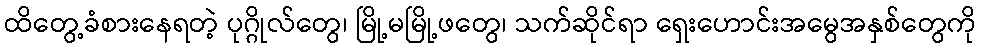
ထိတွေ့ခံစားနေရတဲ့ ပုဂ္ဂိုလ်တွေ၊ မြို့မမြို့ဖတွေ၊ သက်ဆိုင်ရာ ရှေးဟောင်းအမွေအနှစ်တွေကို